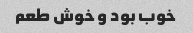
خوب بود و خوش طعم